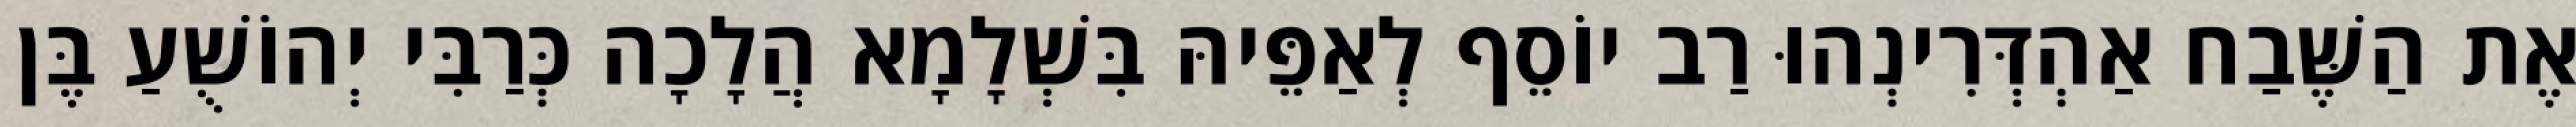
אֶת הַשֶּׁבַח אַהְדְּרִינְהוּ רַב יוֹסֵף לְאַפֵּיהּ בִּשְׁלָמָא הֲלָכָה כְּרַבִּי יְהוֹשֻׁעַ בֶּן